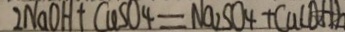
2 N a O H + C u S O 4 = N a _ { 2 } S O _ { 4 } + C a ( O H )